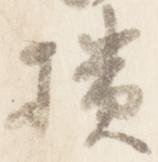
櫃